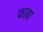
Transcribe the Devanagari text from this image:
फाबा